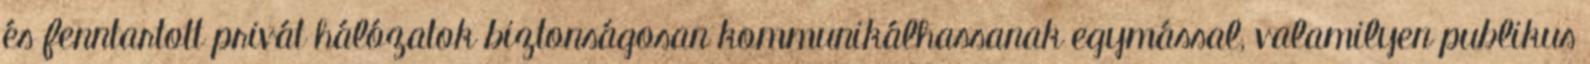
és fenntartott privát hálózatok biztonságosan kommunikálhassanak egymással, valamilyen publikus